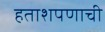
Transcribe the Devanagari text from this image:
हताशपणाची